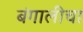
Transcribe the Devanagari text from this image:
बंगालीचा